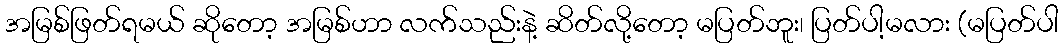
အမြစ်ဖြတ်ရမယ် ဆိုတော့ အမြစ်ဟာ လက်သည်းနဲ့ ဆိတ်လို့တော့ မပြတ်ဘူး၊ ပြတ်ပါ့မလား (မပြတ်ပါ